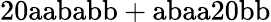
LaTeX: \mathrm{20aababb+abaa20bb}